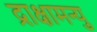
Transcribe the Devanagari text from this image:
द्राक्षामन्यु